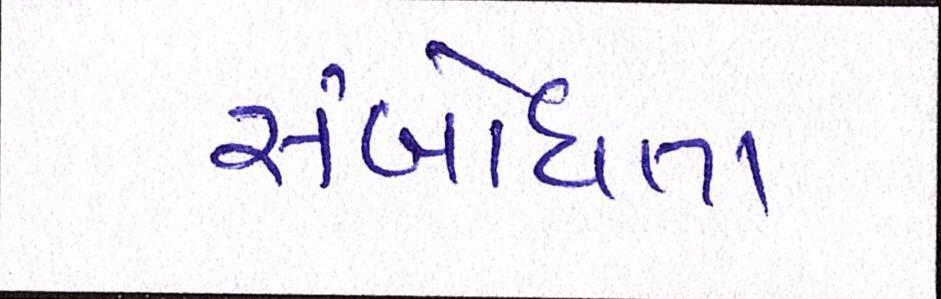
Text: સંબોધતા